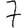
Digit: 7